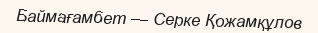
Баймағамбет — Серке Қожамқұлов